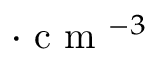
\cdot \textrm { c m } ^ { - 3 }